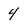
Character: 4